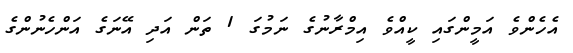
އެހެންވެ އަމީންގައި ކީއްވެ އިމްރާނުގެ ނަމުގަ 1 ތަން އަދި އޭނަގެ އަންހެނުންގެ